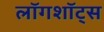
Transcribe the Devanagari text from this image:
लॉगशॉट्स